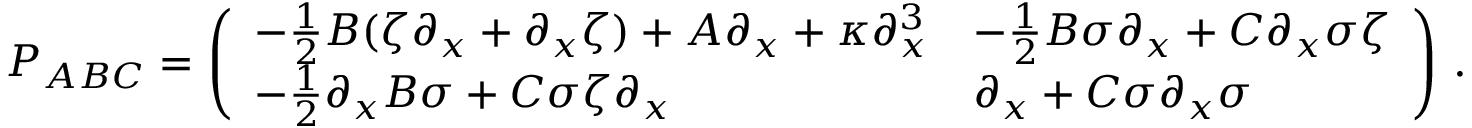
P _ { A B C } = \left( \begin{array} { l l } { - \frac 1 2 B ( \zeta \partial _ { x } + \partial _ { x } \zeta ) + A \partial _ { x } + \kappa \partial _ { x } ^ { 3 } } & { - \frac 1 2 B \sigma \partial _ { x } + C \partial _ { x } \sigma \zeta } \\ { - \frac 1 2 \partial _ { x } B \sigma + C \sigma \zeta \partial _ { x } } & { \partial _ { x } + C \sigma \partial _ { x } \sigma } \end{array} \right) \, .